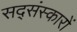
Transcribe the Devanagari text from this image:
सद्संस्कारों